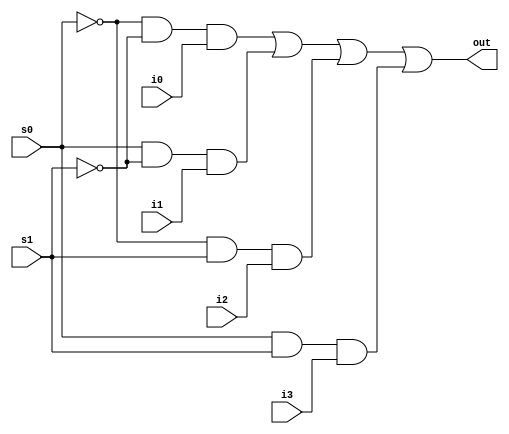
module Mux4to1(i0, i1, i2, i3, s0, s1, out);
//s0 is the less significant bit of the control lines and s1 is the more significant bit

input i0, i1, i2, i3, s0, s1;
output wire out;
wire a1, a2, a3, a4;

// assign a1 = (~s0) & (~s1) & i0;
// assign a2 = (s0) & (~s1) & i1;
// assign a3 = (~s0) & (s1) & i2;
// assign a4 = (s0) & (s1) & i3;
and A1(a1, ~s0, ~s1, i0);
and A2(a2, s0, ~s1, i1);
and A3(a3, ~s0, s1, i2);
and A4(a4, s0, s1, i3);

// assign out = a1 | a2 | a3 | a4;
or o1(out, a1, a2, a3, a4);

endmodule


module bit32Mux(i0, i1, i2, i3, s0, s1, out);
    input [31:0] i0, i1, i2, i3;
    input s0, s1;
    output wire [31:0] out;

    genvar i;

    for(i=0; i<32; i=i+1) begin
        Mux4to1 uut(.i0(i0[i]), .i1(i1[i]), .i2(i2[i]), .i3(i3[i]), .s0(s0), .s1(s1), .out(out[i]));
    end
endmodule